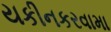
યકીનકરવામા